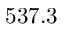
5 3 7 . 3